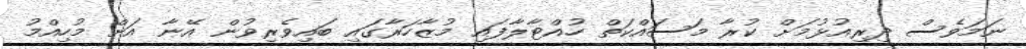
ނަމަވެސް ދިރިއުޅުމަށް ކުރާ މަސައްކަތް ހުއްޓާލާފައި މުޒާހަރާގައި ބައިވެރިވުން އޭނާ އަށް މުހިއްމު